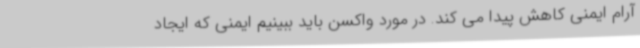
آرام ایمنی کاهش پیدا می کند. در مورد واکسن باید ببینیم ایمنی که ایجاد